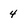
Character: 4